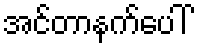
အင်တာနက်ပေါ်